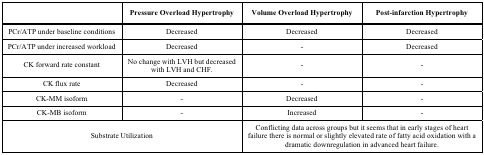
<table><thead><tr><td></td><td><b>Pressure Overload Hypertrophy</b></td><td><b>Volume Overload Hypertrophy</b></td><td><b>Post-infarction Hypertrophy</b></td></tr></thead><tbody><tr><td>PCr/ATP under baseline conditions</td><td>Decreased</td><td>Decreased</td><td>Decreased</td></tr><tr><td>PCr/ATP under increased workload</td><td>Decreased</td><td>-</td><td>Decreased</td></tr><tr><td>CK forward rate constant</td><td>No change with LVH but decreased with LVH and CHF.</td><td>-</td><td>-</td></tr><tr><td>CK flux rate</td><td>Decreased</td><td>-</td><td>-</td></tr><tr><td>CK-MM isoform</td><td>-</td><td>Decreased</td><td>-</td></tr><tr><td>CK-MB isoform</td><td>-</td><td>Increased</td><td>-</td></tr><tr><td colspan="2">Substrate Utilization</td><td colspan="2">Conflicting data across groups but it seems that in early stages of heart failure there is normal or slightly elevated rate of fatty acid oxidation with a dramatic downregulation in advanced heart failure.</td></tr></tbody></table>